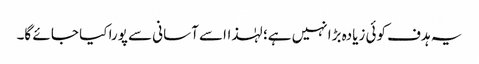
یہ ہدف کوئی زیادہ بڑا نہیں ہے؛ لہٰذااسے آسانی سے پورا کیا جا ئے گا۔